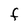
Character: F